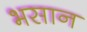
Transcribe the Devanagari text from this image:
भसान